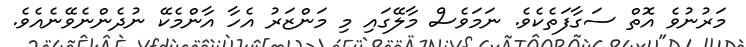
މަރުނުވެ އޮތް ސަގާފަތެކެވެ. ނަމަވެސް މާލޭގައި މި މަންޒަރު އެހާ އާންމެކޭ ނުދެންނެވޭނެއެވެ.